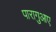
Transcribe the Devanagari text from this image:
पारागुआए